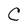
Character: C